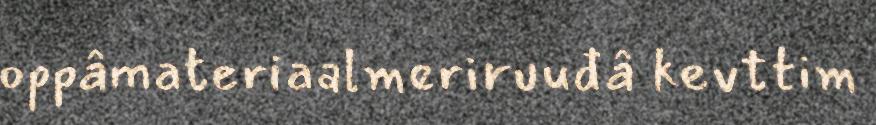
oppâmateriaalmeriruuđâ kevttim